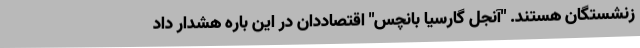
زنشستگان هستند. "آنجل گارسیا بانچس" اقتصاددان در این باره هشدار داد